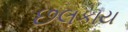
છલકાય